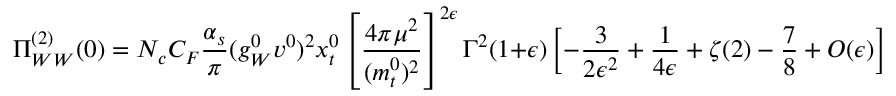
\Pi _ { W W } ^ { ( 2 ) } ( 0 ) = N _ { c } C _ { F } \frac { \alpha _ { s } } { \pi } ( g _ { W } ^ { 0 } v ^ { 0 } ) ^ { 2 } x _ { t } ^ { 0 } \left[ \frac { 4 \pi \mu ^ { 2 } } { ( m _ { t } ^ { 0 } ) ^ { 2 } } \right] ^ { 2 \epsilon } \Gamma ^ { 2 } ( 1 + \epsilon ) \left[ - \frac { 3 } { 2 \epsilon ^ { 2 } } + \frac { 1 } { 4 \epsilon } + \zeta ( 2 ) - \frac { 7 } { 8 } + { \cal O } ( \epsilon ) \right] .